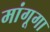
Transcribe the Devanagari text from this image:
मांगूगा